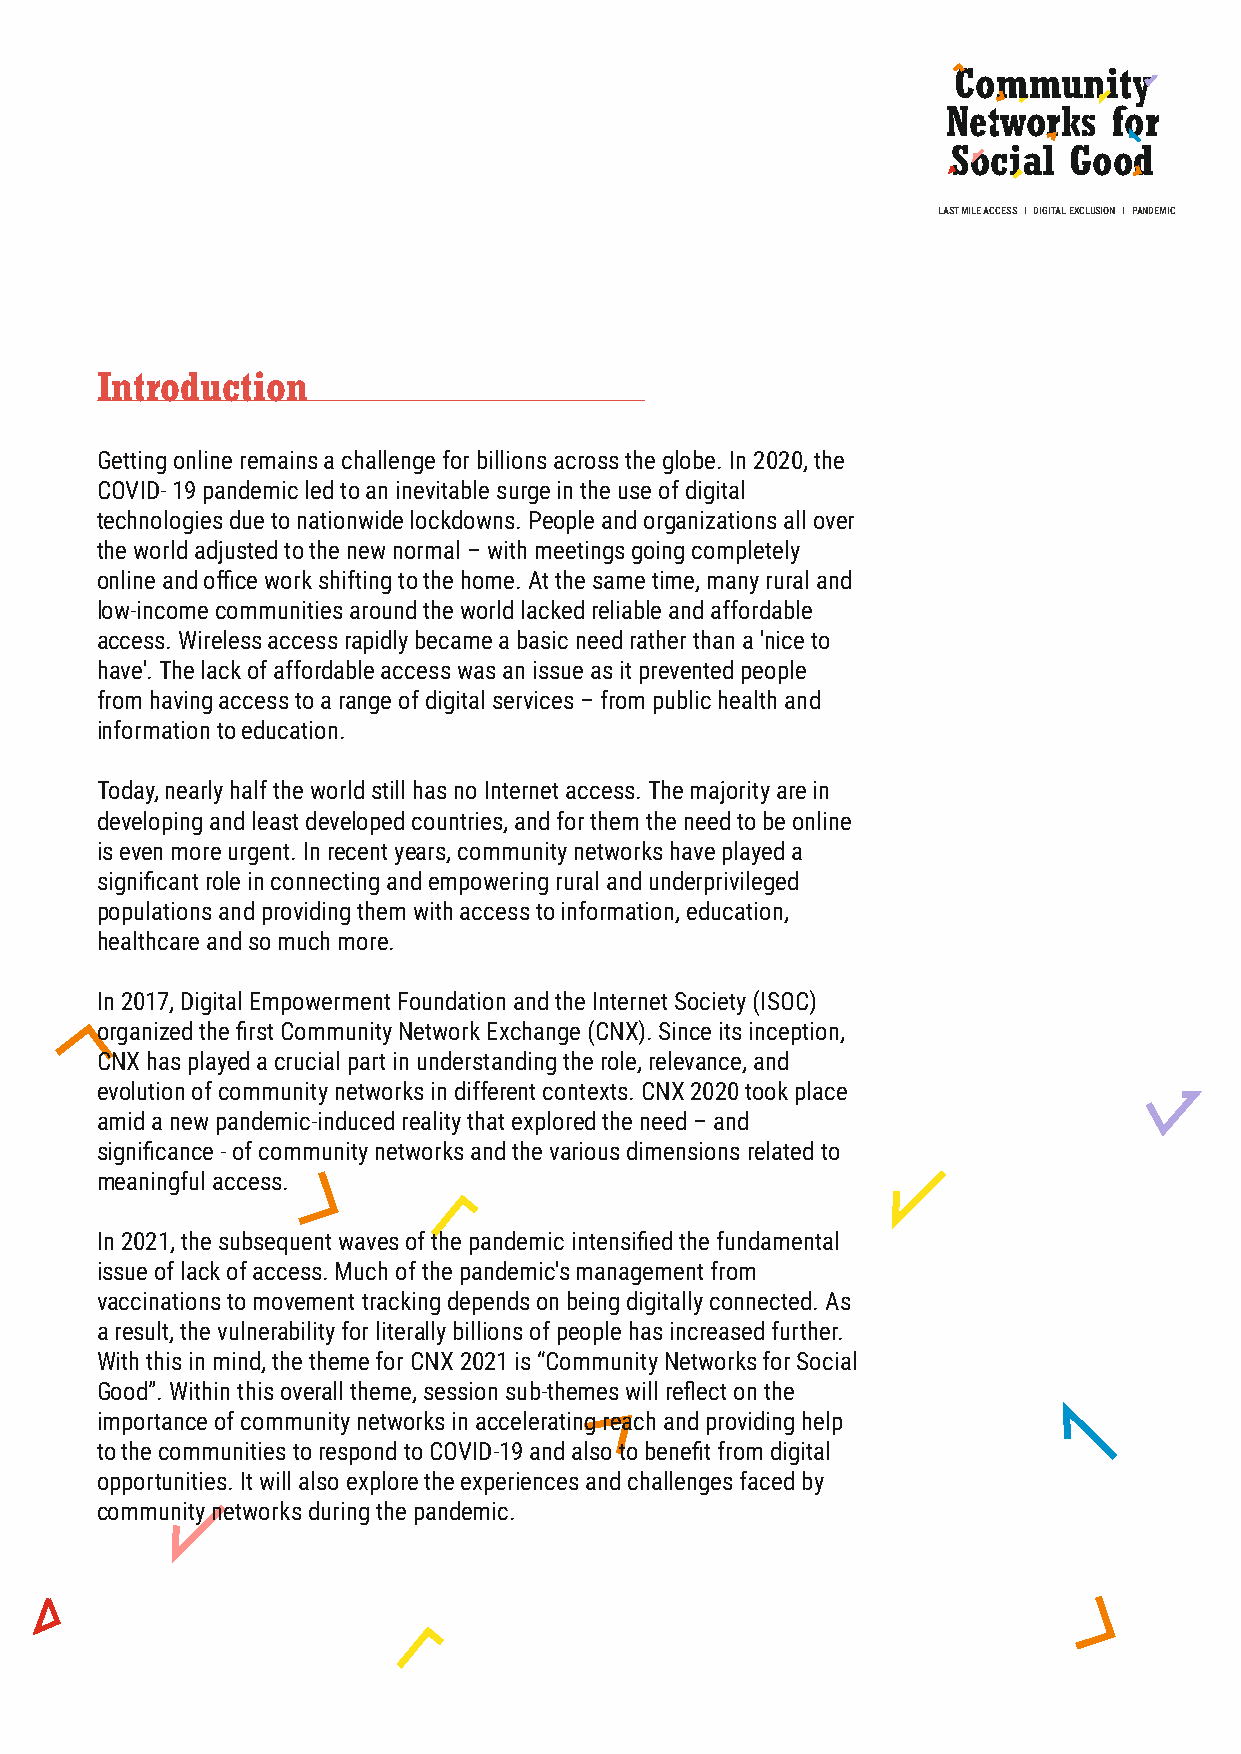
Community
 Networks   for
 Social  Good
 LAST MILE ACCESS I DIGITAL EXCLUSION I PANDEMIC
 Introduction
 Getting online remains a challenge for billions across the globe. In 2020, the
 COVID- 19 pandemic led to an inevitable surge in the use of digital
 technologies due to nationwide lockdowns. People and organizations all over
 the world adjusted to the new normal – with meetings going completely
 online and office work shifting to the home. At the same time, many rural and
 low-income communities around the world lacked reliable and affordable
 access. Wireless access rapidly became a basic need rather than a 'nice to
 have'. The lack of affordable access was an issue as it prevented people
 from having access to a range of digital services – from public health and
 information to education.
 Today, nearly half the world still has no Internet access. The majority are in
 developing and least developed countries, and for them the need to be online
 is even more urgent. In recent years, community networks have played a
 significant role in connecting and empowering rural and underprivileged
 populations and providing them with access to information, education,
 healthcare and so much more.
 In 2017, Digital Empowerment Foundation and the Internet Society (ISOC)
 organized the first Community Network Exchange (CNX). Since its inception,
 CNX has played a crucial part in understanding the role, relevance, and
 evolution of community networks in different contexts. CNX 2020 took place
 amid a new pandemic-induced reality that explored the need – and
 significance - of community networks and the various dimensions related to
 meaningful access.
 In 2021, the subsequent waves of the pandemic intensified the fundamental
 issue of lack of access. Much of the pandemic's management from
 vaccinations to movement tracking depends on being digitally connected. As
 a result, the vulnerability for literally billions of people has increased further.
 With this in mind, the theme for CNX 2021 is “Community Networks for Social
 Good”. Within this overall theme, session sub-themes will reflect on the
 importance of community networks in accelerating reach and providing help
 to the communities to respond to COVID-19 and also to benefit from digital
 opportunities. It will also explore the experiences and challenges faced by
 community networks during the pandemic.